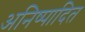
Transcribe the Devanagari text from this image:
अनिष्पादित